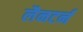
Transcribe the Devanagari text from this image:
लैनटर्न